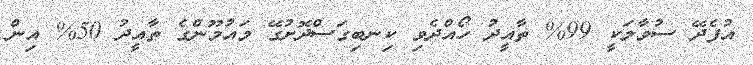
އުފެދޭ ސުވާލަކީ 99% ތާއީދު ހޯއްދެވި ކިނބިގަސްދޮށުގޭ މައުމޫންގެ ތާއީދު 50% އިން